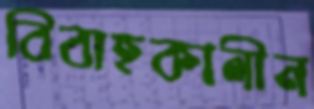
বিবাহকালীন